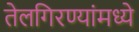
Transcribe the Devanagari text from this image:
तेलगिरण्यांमध्ये